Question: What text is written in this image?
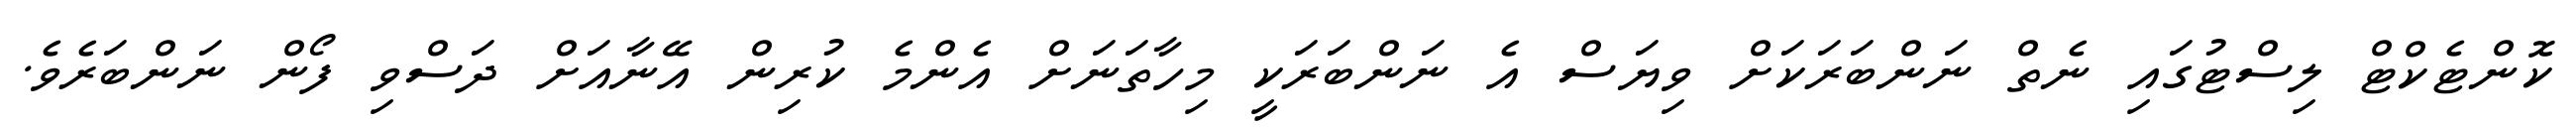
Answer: ކޮންޓެކްޓް ލިސްޓުގައި ނެތް ނަންބަރަކަށް ވިޔަސް އެ ނަންބަރަކީ މިހާތަނަށް އެންމެ ކުރިން އޭނާއަށް ދަސްވި ފޯން ނަންބަރެވެ.